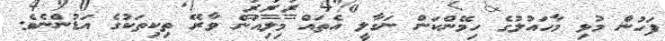
ފަހުން މުޅި މާހައުލުގެ ހިމޭންކަން ނަގާލީ އެތައް މިލިއަން ވާރޭ ތިކިތަކުގެ އަޑުންނެވެ.